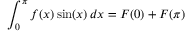
\int _ { 0 } ^ { \pi } f ( x ) \sin ( x ) \, d x = F ( 0 ) + F ( \pi )